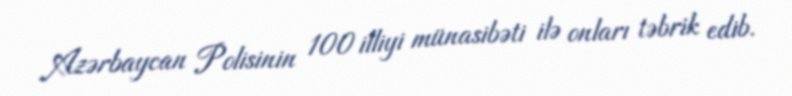
Azərbaycan Polisinin 100 illiyi münasibəti ilə onları təbrik edib.